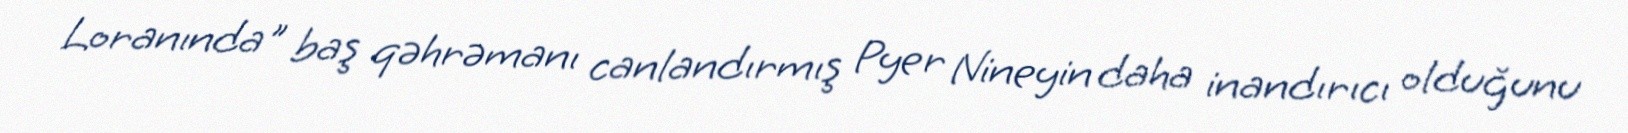
Loranında" baş qəhrəmanı canlandırmış Pyer Nineyin daha inandırıcı olduğunu